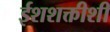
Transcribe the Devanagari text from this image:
ईशशक्तीशी